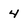
Character: 4